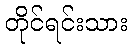
တိုင်ရင်းသား